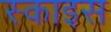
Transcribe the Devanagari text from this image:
स्काइस